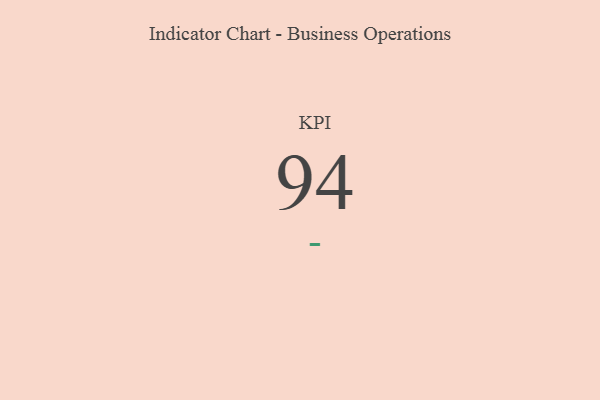
{"axis": {"x": "KPI", "y": "Value"}, "legend": [""], "data": [{"x": "KPI", "y": 94, "type": ""}]}